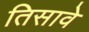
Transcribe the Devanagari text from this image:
तिसावे